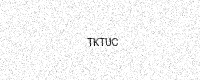
Text: TKTUC